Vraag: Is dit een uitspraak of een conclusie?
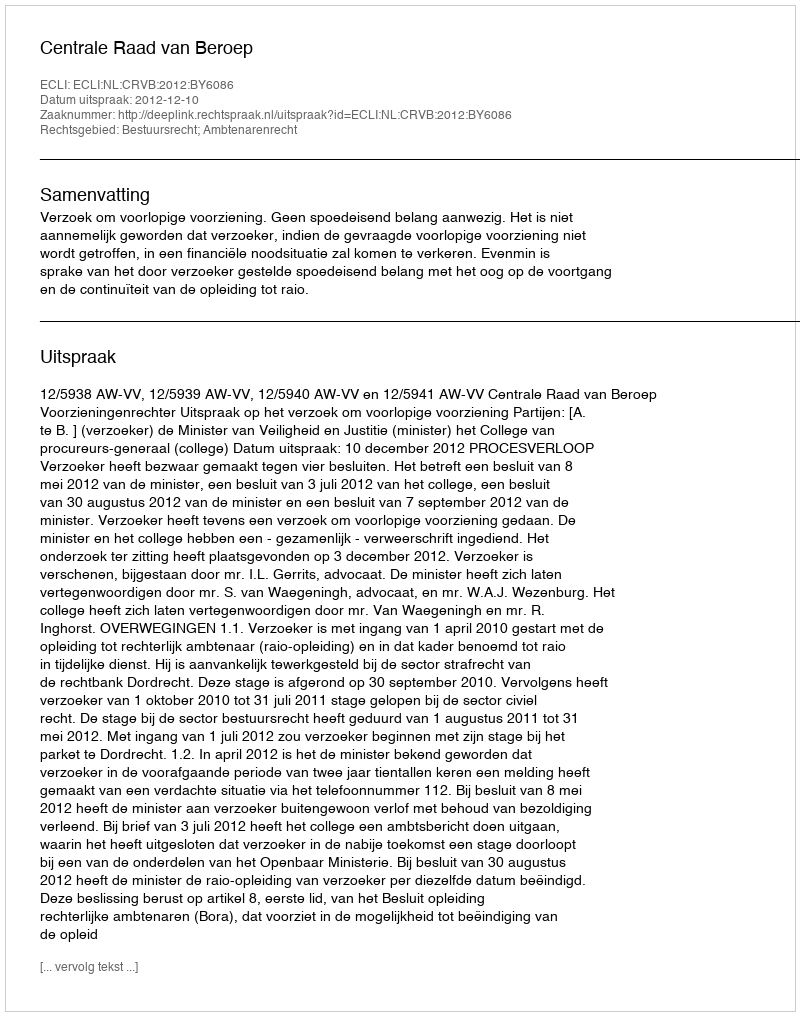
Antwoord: Uitspraak